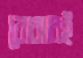
বোঝারই